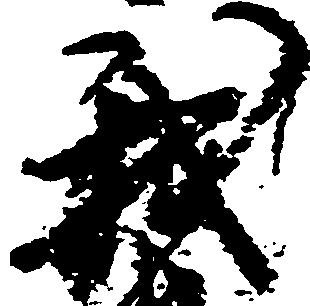
我